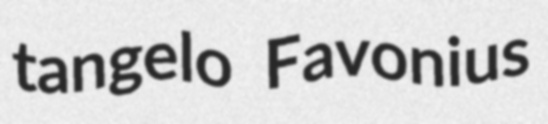
tangelo Favonius